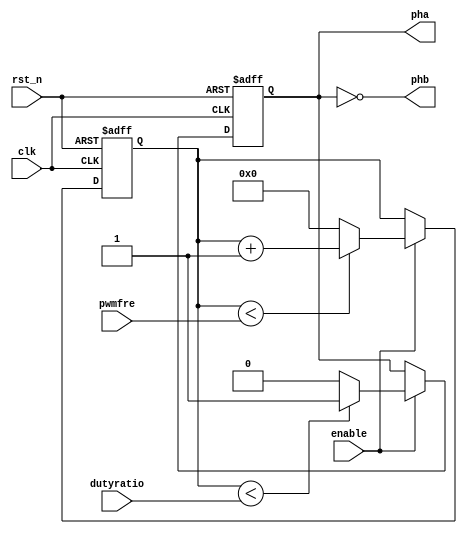
module pwm_out(rst_n, clk, enable, pha, phb, pwmfre, dutyratio);

input rst_n;
input clk;
input enable;
input[31:0] pwmfre;
input[31:0]  dutyratio;
output pha;
output phb;

reg pwm_reg;

reg [31:0] count_reg;

always @(posedge clk or negedge rst_n) begin
    if (!rst_n) begin
        count_reg   <= 0;
    end 
	 else if (enable) 
	 begin
        if (count_reg < pwmfre) begin
            count_reg <= count_reg + 1;
        end 
		  else begin
            count_reg <= 0;
        end
    end
end

always @(posedge clk or negedge rst_n) begin
    if (!rst_n) begin
        pwm_reg <= 1'h0;
    end 
	 else if (enable) 
	 begin
        if (count_reg < dutyratio) begin
            pwm_reg <= 1'h1;
        end 
		  else begin
            pwm_reg <= 1'h0;
        end
    end
end

assign pha = pwm_reg;
assign phb = ~pwm_reg;
endmodule